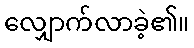
လျှောက်လာခဲ့၏။